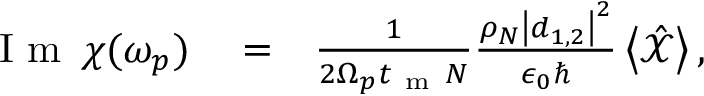
\begin{array} { r l r } { \mathrm { ~ I ~ m ~ } \, \chi ( \omega _ { p } ) } & { { } = } & { \frac { 1 } { 2 \Omega _ { p } t _ { \mathrm { ~ m ~ } } N } \frac { \rho _ { N } \left| \boldsymbol d _ { 1 , 2 } \right| ^ { 2 } } { \epsilon _ { 0 } \hbar } \left< \hat { \mathcal X } \right> , } \end{array}